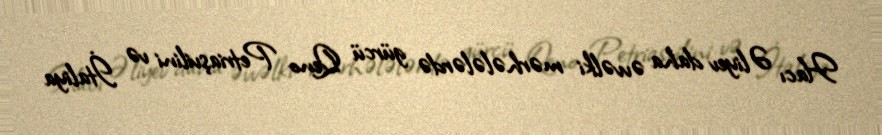
Hacı Əliyev daha əvvəlki mərhələlərdə gürcü Qeno Petriaşvilini və İtaliya